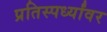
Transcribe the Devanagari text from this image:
प्रतिस्पर्ध्यांवर